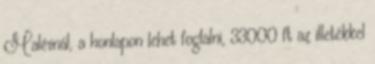
Malévnál, a honlapon lehet foglalni, 33000 ft az illetékkel